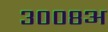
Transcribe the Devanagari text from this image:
३००८अ